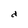
Character: d